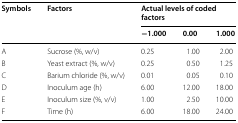
| <ROWSPAN=2> Symbols | <ROWSPAN=2> Factors | <COLSPAN=3> Actual levels of coded factors |
 | −1.000 | 0.00 | 1.000 |
 | --- | --- | --- | --- | --- |
 | A | Sucrose (%, w/v) | 0.25 | 1.00 | 2.00 |
 | B | Yeast extract (%, w/v) | 0.25 | 0.50 | 1.25 |
 | C | Barium chloride (%, w/v) | 0.01 | 0.05 | 0.10 |
 | D | Inoculum age (h) | 6.00 | 12.00 | 18.00 |
 | E | Inoculum size (%, v/v) | 1.00 | 2.50 | 10.00 |
 | F | Time (h) | 6.00 | 18.00 | 24.00 |